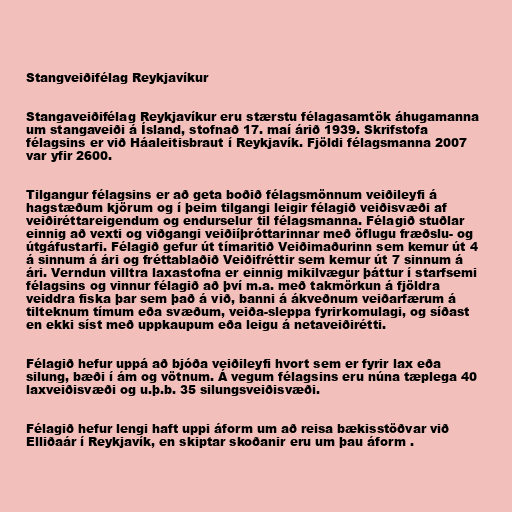
Stangveiðifélag Reykjavíkur

Stangaveiðifélag Reykjavíkur eru stærstu félagasamtök áhugamanna
um stangaveiði á Ísland, stofnað 17. maí árið 1939. Skrifstofa
félagsins er við Háaleitisbraut í Reykjavík. Fjöldi félagsmanna 2007
var yfir 2600.

Tilgangur félagsins er að geta boðið félagsmönnum veiðileyfi á
hagstæðum kjörum og í þeim tilgangi leigir félagið veiðisvæði af
veiðiréttareigendum og endurselur til félagsmanna. Félagið stuðlar
einnig að vexti og viðgangi veiðiíþróttarinnar með öflugu fræðslu- og
útgáfustarfi. Félagið gefur út tímaritið Veiðimaðurinn sem kemur út 4
á sinnum á ári og fréttablaðið Veiðifréttir sem kemur út 7 sinnum á
ári. Verndun villtra laxastofna er einnig mikilvægur þáttur í starfsemi
félagsins og vinnur félagið að því m.a. með takmörkun á fjöldra
veiddra fiska þar sem það á við, banni á ákveðnum veiðarfærum á
tilteknum tímum eða svæðum, veiða-sleppa fyrirkomulagi, og síðast
en ekki síst með uppkaupum eða leigu á netaveiðirétti.

Félagið hefur uppá að bjóða veiðileyfi hvort sem er fyrir lax eða
silung, bæði í ám og vötnum. Á vegum félagsins eru núna tæplega 40
laxveiðisvæði og u.þ.b. 35 silungsveiðisvæði.

Félagið hefur lengi haft uppi áform um að reisa bækisstöðvar við
Elliðaár í Reykjavík, en skiptar skoðanir eru um þau áform .